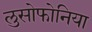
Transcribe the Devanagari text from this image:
लुसोफोनिया